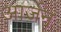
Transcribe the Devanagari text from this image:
आर्जन